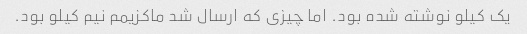
یک کیلو نوشته شده بود. اما چیزی که ارسال شد ماکزیمم نیم کیلو بود.